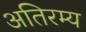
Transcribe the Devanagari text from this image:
अतिरम्य